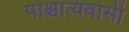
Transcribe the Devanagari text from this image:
पाश्चात्यवासी